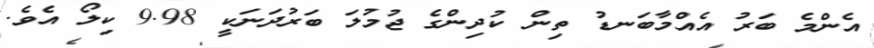
އެންމެ ބަރު އެއްމާބަނޑު ތިން ކުދިންގެ ޖުމުލަ ބަރުދަނަކީ 9.98 ކިލޯ އެވެ.